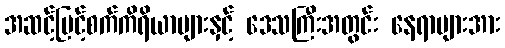
အဆင့်မြင့်စက်ကိရိယာများနှင့် ဒေသကြီးအတွင်း နေရာများအား